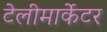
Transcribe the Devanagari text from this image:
टेलीमार्केटर